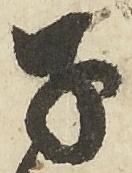
子